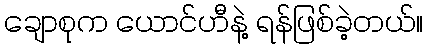
ချောစုက ယောင်ဟီနဲ့ ရန်ဖြစ်ခဲ့တယ်။